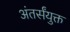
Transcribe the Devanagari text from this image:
अंतर्संयुक्त